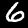
Label: 6